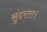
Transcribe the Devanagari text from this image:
सुंदरता।